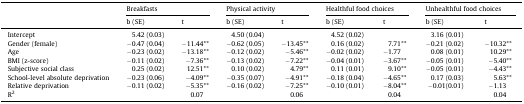
<table><thead><tr><td rowspan="2"></td><td colspan="2"><b>Breakfasts</b></td><td colspan="2"><b>Physical activity</b></td><td colspan="2"><b>Healthful food choices</b></td><td colspan="2"><b>Unhealthful food choices</b></td></tr><tr><td><b>b (SE)</b></td><td><b>t</b></td><td><b>b (SE)</b></td><td><b>t</b></td><td><b>b (SE)</b></td><td><b>t</b></td><td><b>b (SE)</b></td><td><b>t</b></td></tr></thead><tbody><tr><td>Intercept</td><td>5.42 (0.03)</td><td></td><td>4.50 (0.04)</td><td></td><td>4.52 (0.02)</td><td></td><td>3.16 (0.01)</td><td></td></tr><tr><td>Gender (female)</td><td>−0.47 (0.04)</td><td>−11.44**</td><td>−0.62 (0.05)</td><td>−13.45**</td><td>0.16 (0.02)</td><td>7.71**</td><td>−0.21 (0.02)</td><td>−10.32**</td></tr><tr><td>Age</td><td>−0.23 (0.02)</td><td>−13.18**</td><td>−0.12 (0.02)</td><td>−5.46**</td><td>−0.02 (0.02)</td><td>−1.77</td><td>0.08 (0.01)</td><td>10.29**</td></tr><tr><td>BMI (z-score)</td><td>−0.11 (0.02)</td><td>−7.36**</td><td>−0.13 (0.02)</td><td>−7.22**</td><td>−0.04 (0.01)</td><td>−3.67**</td><td>−0.05 (0.01)</td><td>−5.40**</td></tr><tr><td>Subjective social class</td><td>0.25 (0.02)</td><td>12.51**</td><td>0.10 (0.02)</td><td>4.79**</td><td>0.11 (0.01)</td><td>9.10**</td><td>−0.05 (0.01)</td><td>−4.43**</td></tr><tr><td>School-level absolute deprivation</td><td>−0.23 (0.06)</td><td>−4.09**</td><td>−0.35 (0.07)</td><td>−4.91**</td><td>−0.18 (0.04)</td><td>−4.65**</td><td>0.17 (0.03)</td><td>5.63**</td></tr><tr><td>Relative deprivation</td><td>−0.11 (0.02)</td><td>−5.35**</td><td>−0.16 (0.02)</td><td>−7.25**</td><td>−0.10 (0.01)</td><td>−8.04**</td><td>−0.01(0.01)</td><td>−1.13</td></tr><tr><td>R<sup>2</sup></td><td></td><td>0.07</td><td></td><td>0.06</td><td></td><td>0.04</td><td></td><td>0.04</td></tr></tbody></table>